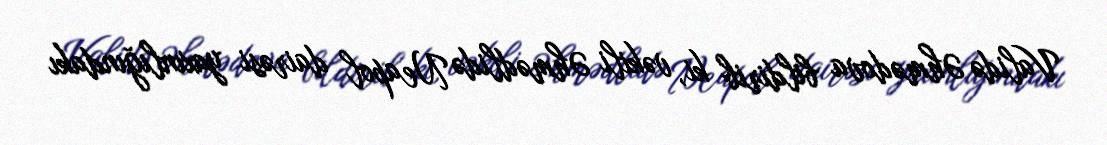
Validə Əhmədova bildirib ki, vəkili Əhmədlidə Neapol dairəsi yaxınlığındakı